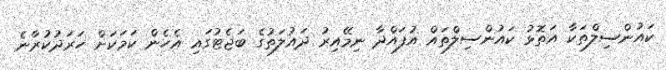
ކައުންސިލްތަކާ އަތޮޅު ކައުންސިލްތައް އުފައްދާ ނިމޭއިރު ދައުލަތުގެ ބަޖެޓުގައި އެހެން ކަމަކަށް ހަރަދުކުރާނެ